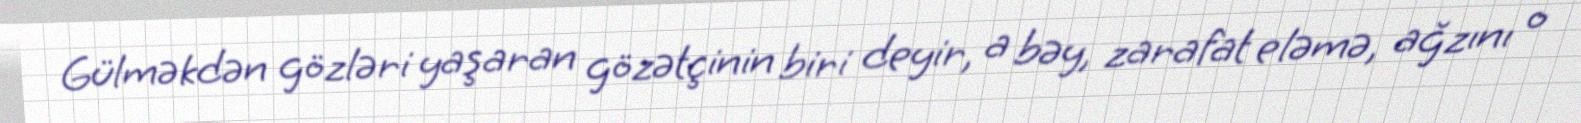
Gülməkdən gözləri yaşaran gözətçinin biri deyir, a bəy, zarafat eləmə, ağzını o